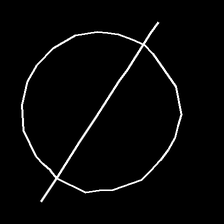
Glyph: orb